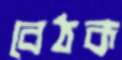
বেঠক